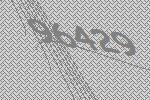
96429